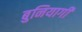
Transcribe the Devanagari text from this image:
बुनियागी